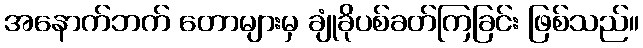
အနောက်ဘက် တောများမှ ချုံခိုပစ်ခတ်ကြခြင်း ဖြစ်သည်။